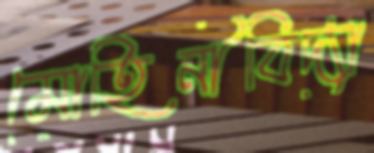
মোহিনীবিদ্যা